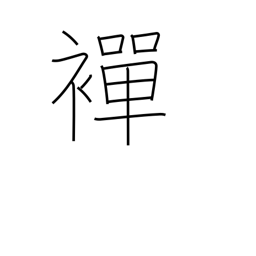
Meaning: undergarment